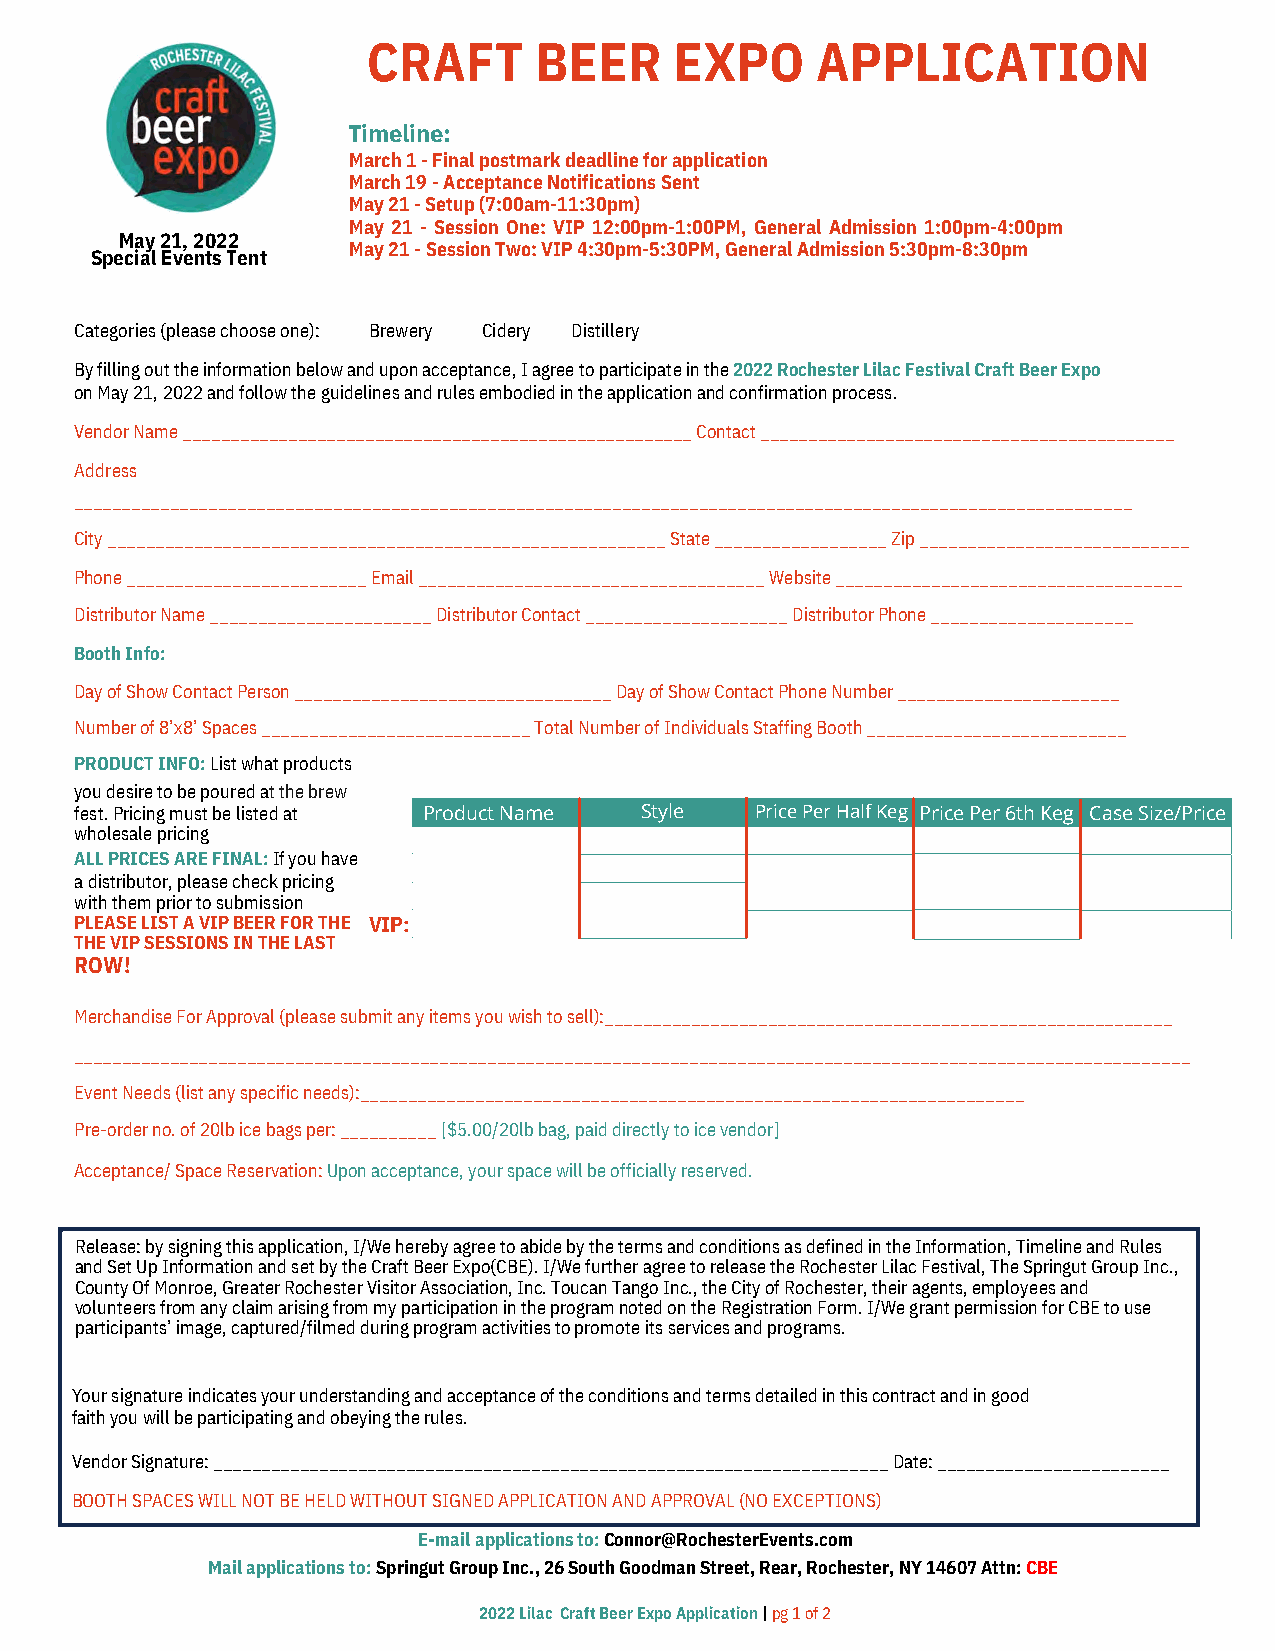
CRAFT      BEER      EXPO     APPLICATION
 Timeline:
 March 1 - Final postmark deadline for application
 March 19 - Acceptance Notifications Sent
 May 21 - Setup (7:00am-11:30pm)
 May 21 - Session One: VIP 12:00pm-1:00PM, General Admission 1:00pm-4:00pm
 May 21, 2022
 May 21 - Session Two: VIP 4:30pm-5:30PM, General Admission 5:30pm-8:30pm
 SpecialEventsTent
 Categories (please choose one): Brewery Cidery Distillery
 By filling out the information below and upon acceptance, I agree to participate in the 2022 Rochester Lilac Festival Craft Beer Expo
 on May 21, 2022 and follow the guidelines and rules embodied in the application and confirmation process.
 Vendor Name _____________________________________________________ Contact ___________________________________________
 Address
 ______________________________________________________________________________________________________________
 City __________________________________________________________ State __________________ Zip ____________________________
 Phone _________________________ Email ____________________________________ Website ____________________________________
 Distributor Name _______________________ Distributor Contact _____________________ Distributor Phone _____________________
 Booth Info:
 Day of Show Contact Person _________________________________ Day of Show Contact Phone Number _______________________
 Number of 8’x8’ Spaces ____________________________ Total Number of Individuals Staffing Booth ___________________________
 PRODUCT INFO: List what products
 you desire to be poured at the brew
 fest. Pricing must be listed at Product Name Style Price Per Half Keg Price Per 6th Keg Case Size/Price
 wholesale pricing
 ALL PRICES ARE FINAL: If you have
 a distributor, please check pricing
 with them prior to submission
 PLEASE LIST A VIP BEER FOR THE VIP:
 THE VIP SESSIONS IN THE LAST
 ROW!
 Merchandise For Approval (please submit any items you wish to sell):___________________________________________________________
 ____________________________________________________________________________________________________________________
 Event Needs (list any specific needs):_____________________________________________________________________
 Pre-order no. of 20lb ice bags per: __________ [$5.00/20lb bag, paid directly to ice vendor]
 Acceptance/ Space Reservation: Upon acceptance, your space will be officially reserved.
 Release: by signing this application, I/We hereby agree to abide by the terms and conditions as defined in the Information, Timeline and Rules
 and Set Up Information and set by the Craft Beer Expo(CBE). I/We further agree to release the Rochester Lilac Festival, The Springut Group Inc.,
 County Of Monroe, Greater Rochester Visitor Association, Inc. Toucan Tango Inc., the City of Rochester, their agents, employees and
 volunteers from any claim arising from my participation in the program noted on the Registration Form. I/We grant permission for CBE to use
 participants’ image, captured/filmed during program activities to promote its services and programs.
 Your signature indicates your understanding and acceptance of the conditions and terms detailed in this contract and in good
 faith you will be participating and obeying the rules.
 Vendor Signature: ______________________________________________________________________ Date: ________________________
 BOOTH SPACES WILL NOT BE HELD WITHOUT SIGNED APPLICATION AND APPROVAL (NO EXCEPTIONS)
 E-mail applications to: Connor@RochesterEvents.com
 Mail applications to: Springut Group Inc., 26 South Goodman Street, Rear, Rochester, NY 14607 Attn: CBE
 2022 Lilac Craft Beer Expo Application | pg 1 of 2